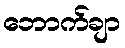
ဘောက်ချာ